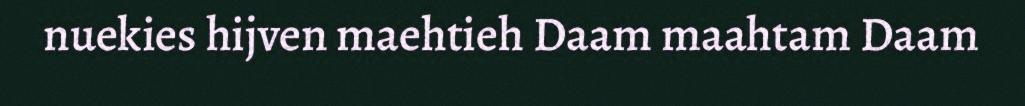
nuekies hijven maehtieh Daam maahtam Daam